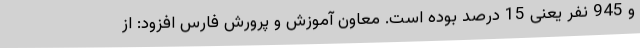
و 945 نفر یعنی 15 درصد بوده است. معاون آموزش و پرورش فارس افزود: از